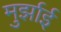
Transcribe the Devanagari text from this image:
मुर्झाई